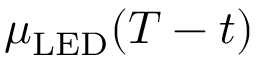
\mu _ { \mathrm { L E D } } ( T - t )